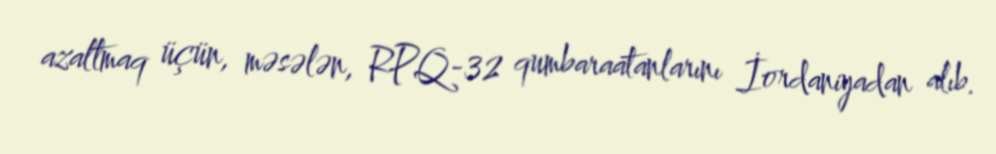
azaltmaq üçün, məsələn, RPQ-32 qumbaraatanlarını İordaniyadan alıb.